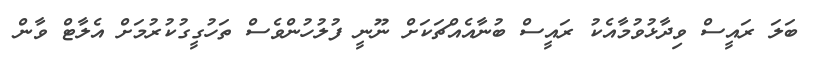
ބަލަ ރައީސް ވިދާޅުވުމާއެކު ރައީސް ބުނާއެއްޗަކަށް ނޫނީ ފުލުހުންވެސް ތަހުގީގުކުރުމަށް އެލާޓް ވާން